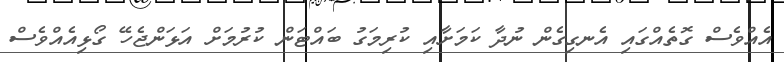
އެއްވެސް ގޮތެއްގައި އެނގިގެން ނުދާ ކަމަށާއި ކުރިމަގު ބައްޓަން ކުރުމަށް އަޅަންޖެހޭ ގޯޅިއެއްވެސް